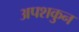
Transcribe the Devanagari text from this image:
अपशकुुन